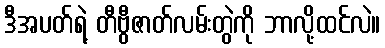
ဒီအပတ်ရဲ့ တီဗွီဇာတ်လမ်းတွဲကို ဘာလို့ထင်လဲ။